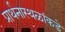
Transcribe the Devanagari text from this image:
प्रार्थनास्थळांकडे